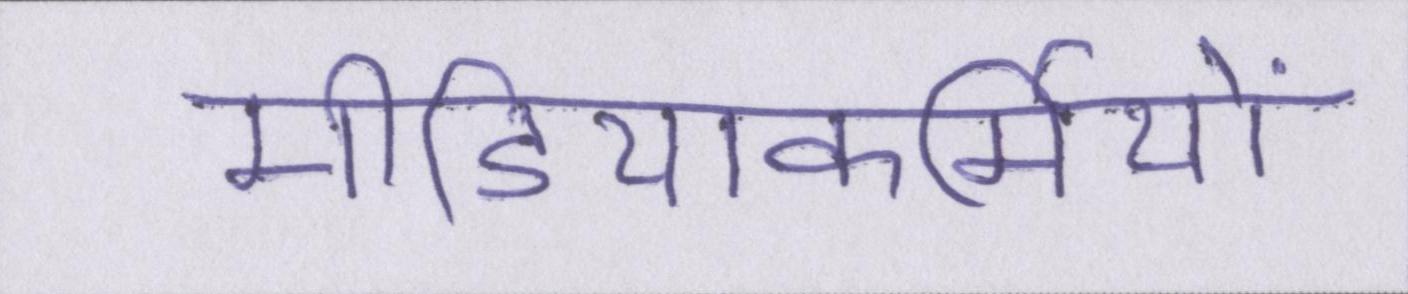
मीडियाकर्मियों